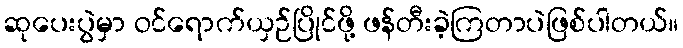
ဆုပေးပွဲမှာ ဝင်ရောက်ယှဉ်ပြိုင်ဖို့ ဖန်တီးခဲ့ကြတာပဲဖြစ်ပါတယ်။